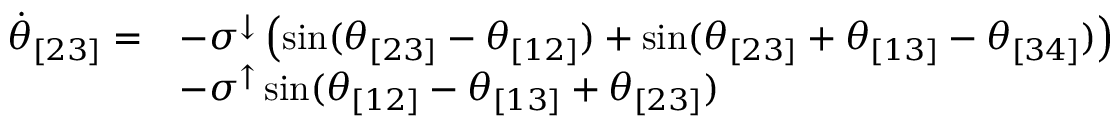
\begin{array} { r l } { \Dot { \theta } _ { [ 2 3 ] } = } & { - \sigma ^ { \downarrow } \left( \sin ( \theta _ { [ 2 3 ] } - \theta _ { [ 1 2 ] } ) + \sin ( \theta _ { [ 2 3 ] } + \theta _ { [ 1 3 ] } - \theta _ { [ 3 4 ] } ) \right) } \\ & { - \sigma ^ { \uparrow } \sin ( \theta _ { [ 1 2 ] } - \theta _ { [ 1 3 ] } + \theta _ { [ 2 3 ] } ) } \end{array}